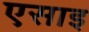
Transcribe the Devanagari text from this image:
एसाइ